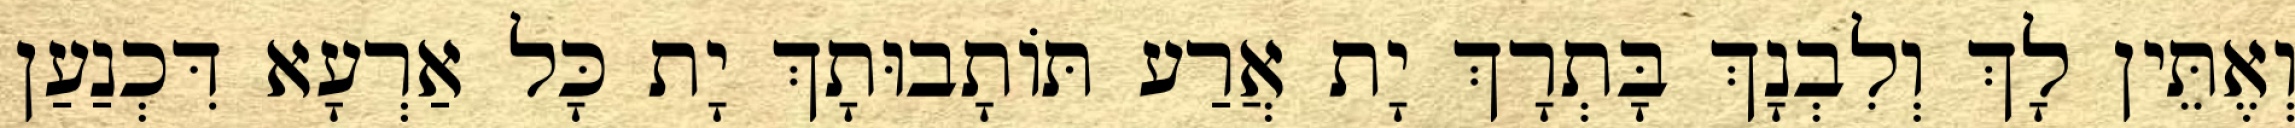
וְאֶתֵּין לָךְ וְלִבְנָךְ בָּתְרָךְ יָת אֲרַע תּוֹתָבוּתָךְ יָת כָּל אַרְעָא דִּכְנַעַן